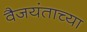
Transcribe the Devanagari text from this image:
वैजयंताच्या